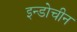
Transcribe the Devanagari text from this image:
इन्डोचीन